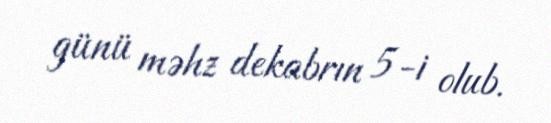
günü məhz dekabrın 5-i olub.